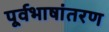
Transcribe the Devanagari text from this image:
पूर्वभाषांतरण